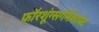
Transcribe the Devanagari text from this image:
फॉरशूंग्सगेमेंशाफ्ट